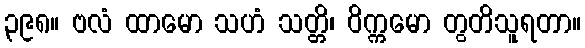
၃၉၈။ ဗလံ ထာမော သဟံ သတ္တိ၊ ဝိက္ကမော တွတိသူရတာ။